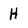
Character: H